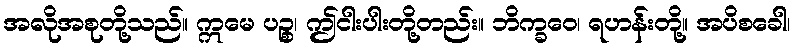
အလိုအစုတို့သည်။ ဣမေ ပဉ္စ၊ ဤငါးပါးတို့တည်း။ ဘိက္ခဝေ၊ ရဟန်းတို့။ အပိစခေါ၊